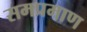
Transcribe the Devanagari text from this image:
समप्रमाण